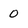
Character: 0